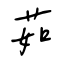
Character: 茹